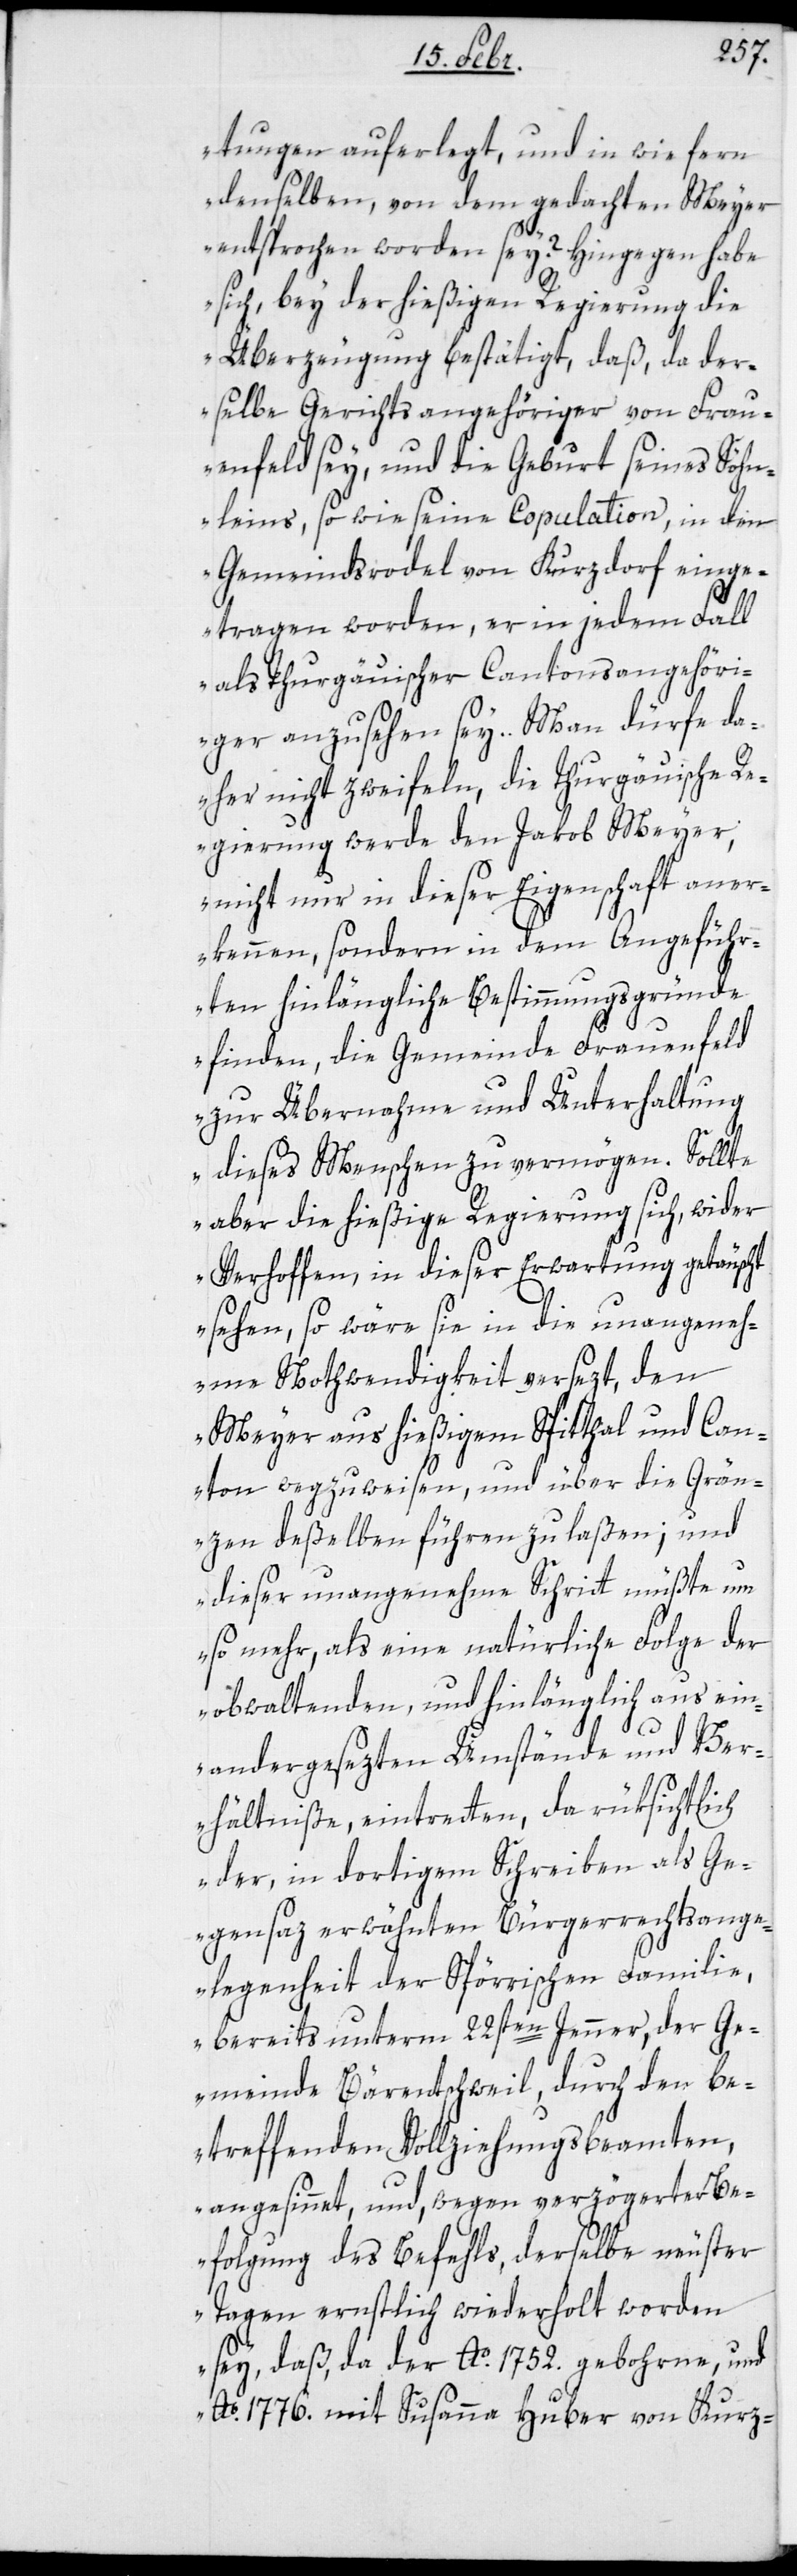
tungen auferlegt, und in wie fern
denselben, von dem gedachten Meyer
entsprochen worden sey? Hingegen habe
sich, bey der hießigen Regierung die
Überzeugung bestätigt, daß, da der¬
selbe Gerichtsangehöriger von Frau¬
enfeld sey, und die Geburt seines Söhn¬
leins so wie seine Copulation, in den
Gemeindsrodel von Kurzdorf einge¬
tragen worden, er in jedem Fall
als Thurgäuischer Cantonsangehöri¬
ger anzusehen sey. Man dürfe da¬
her nicht zweifeln, die Thurgäuische R¬
egierung werde den Jakob Meyer,
nicht nur in dieser Eigenschaft aner¬
kennen, sondern in dem Angeführ¬
ten hinlängliche Bestimmungsgründe
finden, die Gemeinde Frauenfeld
zur Übernahme und Unterhaltung
dieses Menschen zu vermögen. Sollte
aber die hießige Regierung sich, wider
Verhoffen, in dieser Erwartung getäuscht
sehen, so wäre sie in die unangeneh¬
me Nothwendigkeit versezt, den
Meyer aus hießigem Spitthal und Can¬
ton wegzuweisen, und über die Grän¬
zen deßelben führen zu laßen; und
dieser unangenehme Schritt müßte um
so mehr, als eine natürliche Folge der
obwaltenden und hinlänglich aus ein¬
andergesezten Umstände und Ver¬
hältniße, eintretten, da rüksichtlich
der, in dortigem Schreiben als Ge¬
gensaz erwähnten Bürgerrechtsange¬
legenheit der Spörrischen Familie,
bereits unterm 22sten Jenner, der Ge¬
meinde Bärentschweil, durch den be¬
treffenden Vollziehungsbeamten,
angesinnet, und, wegen verzögerter Be¬
folgung des Befehls, derselbe neuster
Tagen ernstlich wiederholt worden
sey, daß, da der Ao. 1752. gebohrne, und
Ao. 1776. mit Susanna Huber von Kurz-